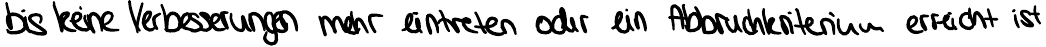
bis keine Verbesserungen mehr eintreten oder ein Abbruchkriterium erreicht ist